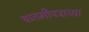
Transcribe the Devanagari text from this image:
बातमीपत्राच्या